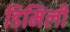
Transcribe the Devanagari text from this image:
डिमिली